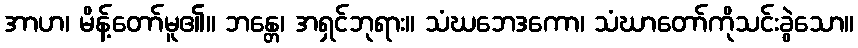
အာဟ၊ မိန့်တော်မူ၏။ ဘန္တေ၊ အရှင်ဘုရား။ သံဃဘေဒကော၊ သံဃာတော်ကိုသင်းခွဲသော။